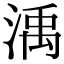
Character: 渪